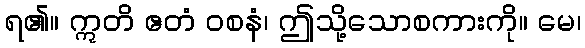
ရ၏။ ဣတိ ဧတံ ဝစနံ၊ ဤသို့သောစကားကို။ မေ၊